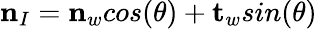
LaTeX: \textbf{n}_{I}=\textbf{n}_{w}cos(\theta)+\textbf{t}_{w}sin(\theta)